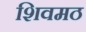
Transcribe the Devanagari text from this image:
शिवमठ